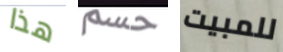
هذا حسم للمبيت